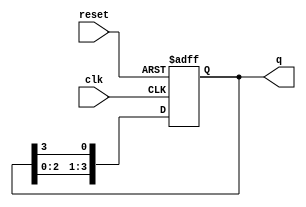
module bistable_ring_counter (
    input wire clk,        // Clock input
    input wire reset,      // Asynchronous reset input
    output reg [N-1:0] q   // Output state of the flip-flops
);
    parameter N = 4;       // Number of flip-flops in the ring
    
    // Initial state
    initial begin
        q = 1; // Start with the first flip-flop high (1) and others low (0)
    end
    
    always @(posedge clk or posedge reset) begin
        if (reset) begin
            q <= 1; // On reset, set q to 1 (first flip-flop high)
        end else begin
            q <= {q[N-2:0], q[N-1]}; // Shift the '1' to the next flip-flop
        end
    end
    
endmodule